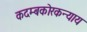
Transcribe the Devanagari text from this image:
कदम्बकोरकन्याय